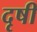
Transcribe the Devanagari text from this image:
दृषी